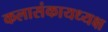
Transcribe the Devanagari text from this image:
कलासंकायध्यक्ष